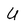
Character: U